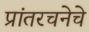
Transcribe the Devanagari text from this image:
प्रांतरचनेचे